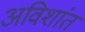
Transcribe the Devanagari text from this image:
अविशांत